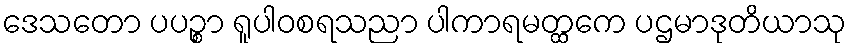
ဒေသတော ပပဉ္စာ ရူပါဝစရသညာ ပါကာရမတ္ထကေ ပဌမာဒုတိယာသု